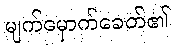
မျက်မှောက်ခေတ်၏